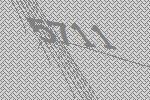
5711